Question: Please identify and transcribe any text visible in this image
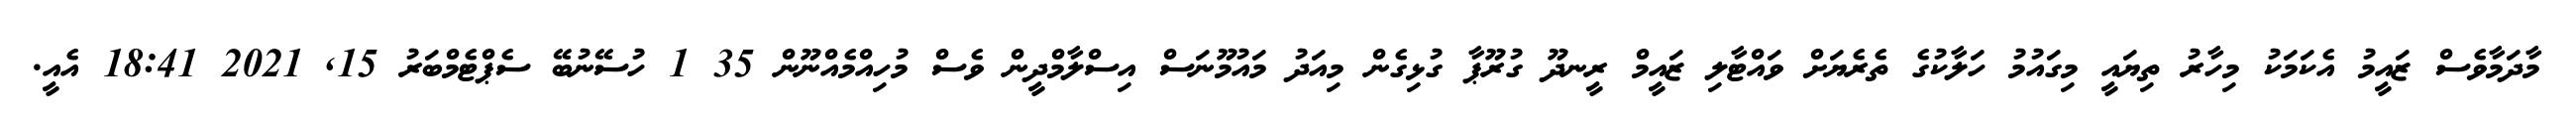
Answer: މާދަމާވެސް ޒައީމު އެކަމަކު މިހާރު ތިޔައީ މިގައުމު ހަލާކުގެ ތެރެޔަށް ވައްޓާލި ޒައީމް ރީނދޫ ގުރޫޕާ ގުޅިގެން މިއަދު މައުމޫނަސް އިސްލާމްދީން ވެސް މުހިއްމެއްނޫން 35 1 ހުސޭނުބޭ ސެޕްޓެމްބަރު 15, 2021 18:41 އެއީ.